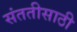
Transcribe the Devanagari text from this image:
संततीसाठी